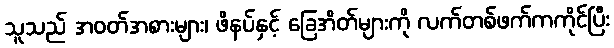
သူသည် အဝတ်အစားများ၊ ဖိနပ်နှင့် ခြေအိတ်များကို လက်တစ်ဖက်ကကိုင်ပြီး